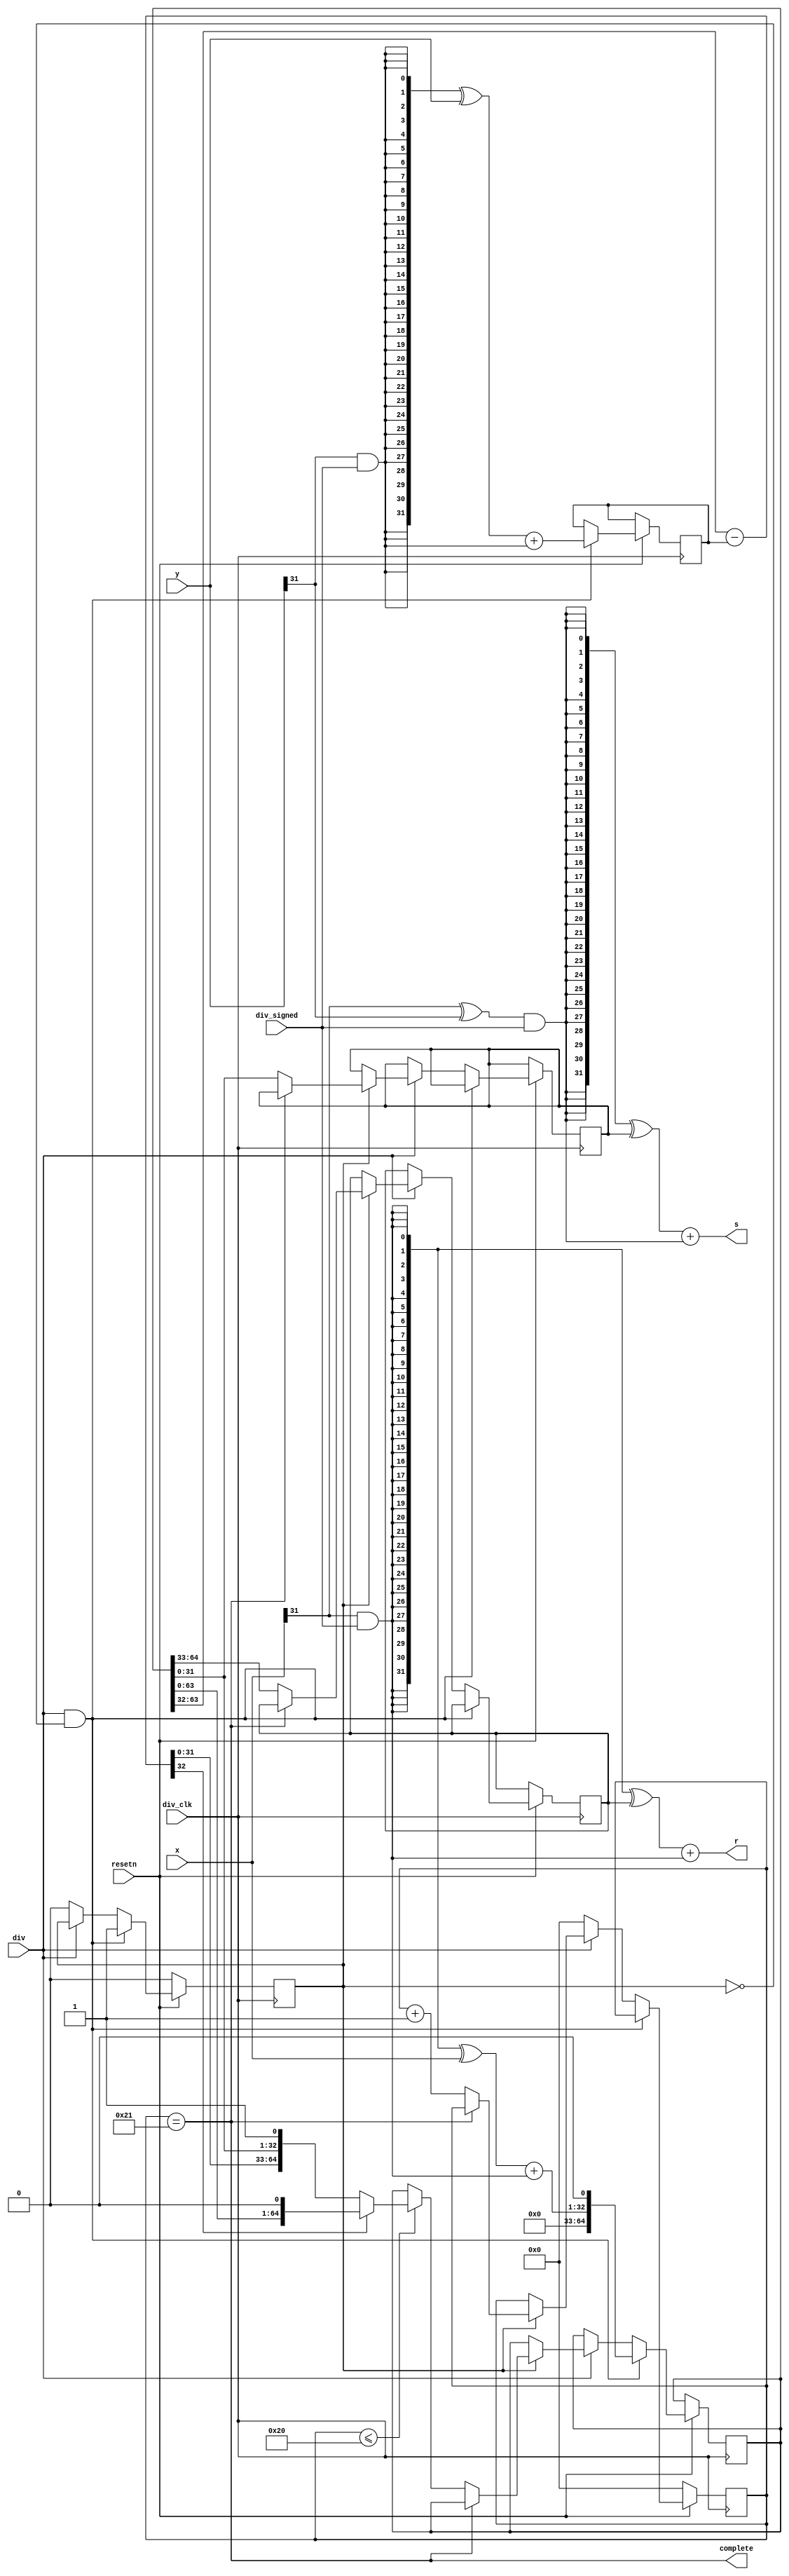
`timescale 1ns / 1ps
//////////////////////////////////////////////////////////////////////////////////
// Company: 
// Engineer: 
// 
// Design Name: 
// Module Name: mul
// Project Name: 
// Target Devices: 
// Tool Versions: 
// Description: 
// 
// Dependencies: 
// 
// Revision:
// Revision 0.01 - File Created
// Additional Comments:
// 
//////////////////////////////////////////////////////////////////////////////////
module div(
	input div_clk,
	input resetn,
	input div,
	input div_signed,
	input [31:0] x,
	input [31:0] y,
	output [31:0] s,
	output [31:0] r,
	output complete
	);

wire x_signed = x[31] & div_signed;
wire y_signed = y[31] & div_signed;
wire [31:0] x_abs;
wire [31:0] y_abs;
assign x_abs = ({32{x_signed}}^x) + x_signed;
assign y_abs = ({32{y_signed}}^y) + y_signed;
wire s_signed = (x[31]^y[31]) & div_signed;
wire r_signed = x[31] & div_signed;


wire [32:0] div_temp;
reg [64:0] dividend;
reg [31:0] divisor;
reg [5:0] cnt;
reg div_run;
reg [31:0] s_abs;
reg [31:0] r_abs;

assign div_temp = {1'd0,dividend[63:32]} - {1'd0,divisor};

always @(posedge div_clk) begin
    if (~resetn) begin
	    cnt<=6'd0;
	    div_run<=1'd0;
	end
	else if(div&&~div_run) begin
		divisor<=y_abs;
		dividend<={32'd0,x_abs,1'd0};
		div_run<=1'd1;
	end
	else if(~div) begin
	    cnt<=6'd0;
	    div_run<=1'd0;
	end
	else if(div_run) begin
		if(~complete) begin
		    cnt <= cnt +6'd1;
            s_abs<= dividend [31:0];
            r_abs<= dividend [64:33];
			if(cnt<=6'd32) begin
		    	if(div_temp[32] == 1'd1) begin
		    		dividend <= {dividend[63:0],1'd0};
		    	end
		    	else begin
		    		dividend <= {div_temp[31:0],dividend[31:0],1'd1};	
		    	end
			end
		end
	end
end




assign s = ({32{s_signed}}^s_abs) + {30'd0,s_signed};
assign r = ({32{r_signed}}^r_abs) + r_signed;


assign complete = (cnt == 6'd33);

endmodule